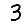
Digit: 3